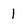
Character: 1